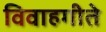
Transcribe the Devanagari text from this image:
विवाहगीते